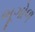
ભૂગોળ